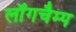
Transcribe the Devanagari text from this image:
लॉंगचैम्प